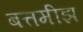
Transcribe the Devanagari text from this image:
बत्तमीझ